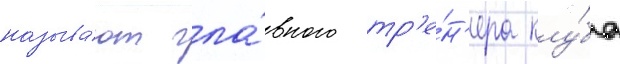
называ́ют гла́вного тр'е́н'ера клу́ба